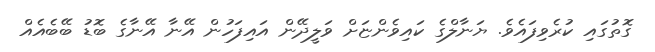
ގޮތުގައި ކުރެވިފައެވެ. ޔަނާލްގެ ކައިވެންޏަށް ވަލީދޭން އައިފަހުން އޭނާ އޭނާގެ ބޮޑު ބޭބެއެއް